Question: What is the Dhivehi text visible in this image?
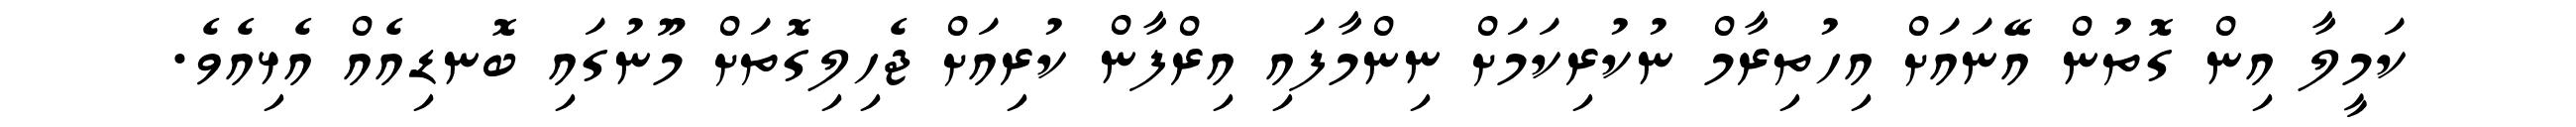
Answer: ކަމީލާ އިން ގޮތުން އޭނައަށް އިހުތިރާމް ނުކުރިކަމަށް ނިންމާފައި އިރްފާން ކުރިއަށް ޖެހިލިގޮތަށް މޫނުގައި ބޮނޑިއެއް އެޅިއެވެ.